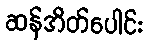
ဆန်အိတ်ပေါင်း